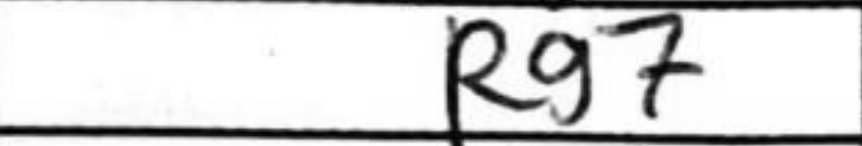
Transcription: Rg7